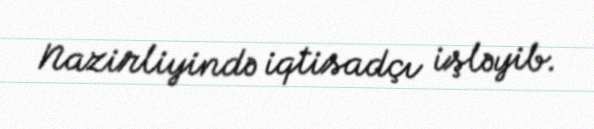
Nazirliyində iqtisadçı işləyib.